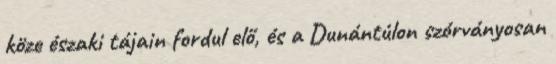
köze északi tájain fordul elő, és a Dunántúlon szórványosan